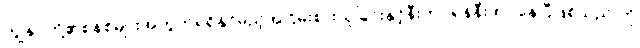
ကျွန်ုပ်တို့၏စနစ်များအတွက်ရရှိနိုင်မည့်အငြိမ်းစားယူခြင်းနှင့်နီးကပ်ရန်နီးကပ်နေပြီဖြစ်သည် ကို